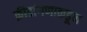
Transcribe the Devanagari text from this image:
क्रीडांगणाकडून